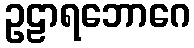
ဥဠာရဘောဂေ